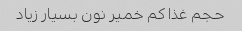
حجم غذا کم خمیر نون بسیار زیاد